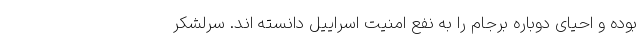
بوده و احیای دوباره برجام را به نفع امنیت اسراییل دانسته اند. سرلشکر